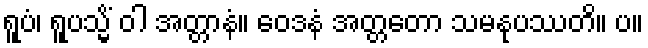
ရူပံ၊ ရူပသ္မိံ ဝါ အတ္တာနံ။ ဝေဒနံ အတ္တတော သမနုပဿတိ။ ပ။